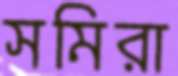
সমিরা